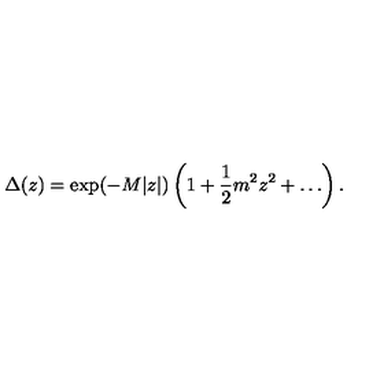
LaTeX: \Delta ( z ) = \exp ( - M | z | ) \left( 1 + { \frac { 1 } { 2 } } m ^ { 2 } z ^ { 2 } + \ldots \right) .